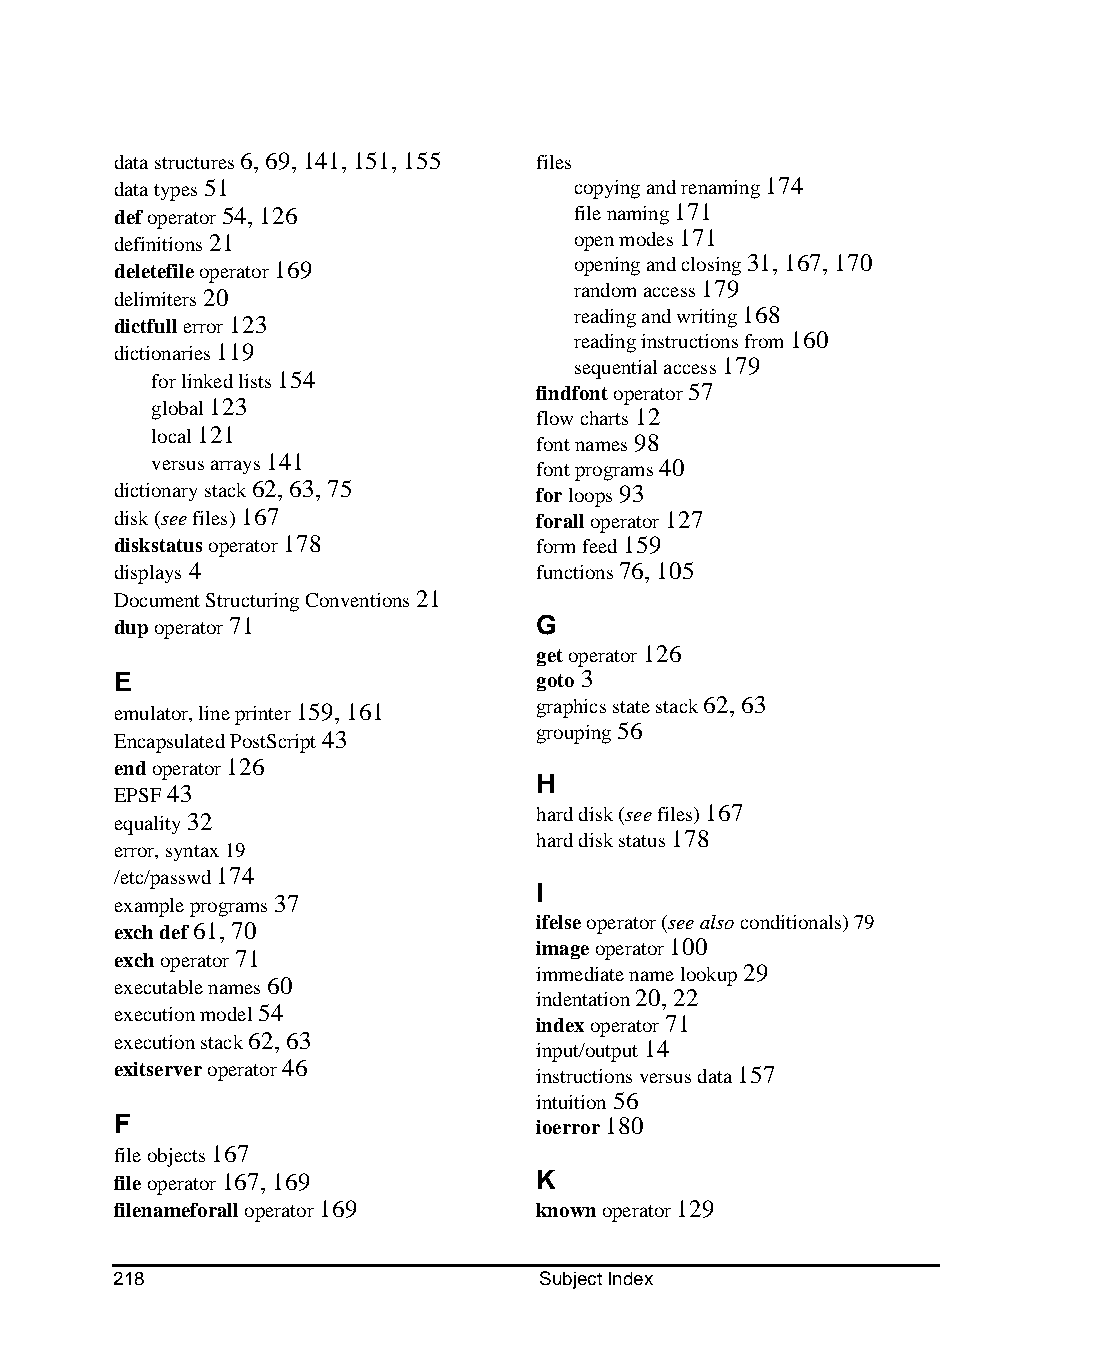
data structures 6, 69, 141, 151, 155 files
 data types 51                  copying and renaming 174
 def operator 54, 126           file naming 171
 definitions 21                 open modes 171
 deletefile operator 169        opening and closing 31, 167, 170
 delimiters 20                  random access 179
 reading and writing 168
 dictfull error 123
 reading instructions from 160
 dictionaries 119
 sequential access 179
 for linked lists 154
 findfont operator 57
 global 123
 flow charts 12
 local 121                font names 98
 versus arrays 141        font programs 40
 dictionary stack 62, 63, 75 for loops 93
 disk (see files) 167        forall operator 127
 diskstatus operator 178     form feed 159
 displays 4                  functions 76, 105
 Document Structuring Conventions 21
 dup operator 71             G
 get operator 126
 E                           goto 3
 emulator, line printer 159, 161 graphics state stack 62, 63
 Encapsulated PostScript 43  grouping 56
 end operator 126
 H
 EPSF 43
 equality 32                 hard disk (see files) 167
 hard disk status 178
 error, syntax 19
 /etc/passwd 174
 I
 example programs 37
 ifelse operator (see also conditionals) 79
 exch def 61, 70
 image operator 100
 exch operator 71
 immediate name lookup 29
 executable names 60
 indentation 20, 22
 execution model 54
 index operator 71
 execution stack 62, 63      input/output 14
 exitserver operator 46      instructions versus data 157
 intuition 56
 F                           ioerror 180
 file objects 167
 file operator 167, 169      K
 filenameforall operator 169 known operator 129
 218                         Subject Index